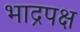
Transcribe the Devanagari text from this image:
भाद्रपक्ष